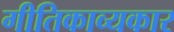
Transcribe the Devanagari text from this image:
गीतिकाव्यकार